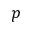
p